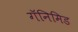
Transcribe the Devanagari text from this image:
गॅनिमिड